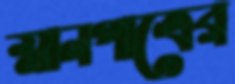
স্নানপাত্রের